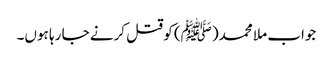
جواب ملا محمد(ﷺ) کو قتل کرنے جا رہا ہوں۔